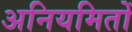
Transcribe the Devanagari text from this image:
अनियमितों